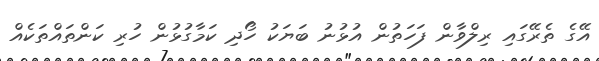
އޭގެ ތެރޭގައި ރިލްވާން ފަހަތުން އުޅުނު ބަޔަކު ހޯދި ކަމާގުޅުން ހުރި ކަންތައްތަކެއް